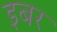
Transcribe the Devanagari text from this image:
इबर